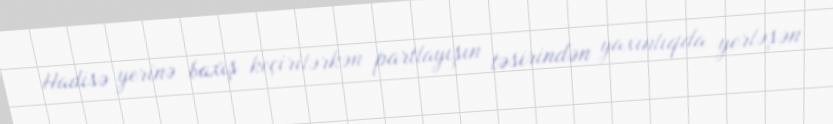
Hadisə yerinə baxış keçirilərkən partlayışın təsirindən yaxınlıqda yerləşən